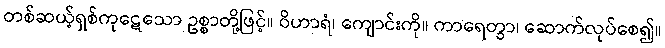
တစ်ဆယ့်ရှစ်ကုဋေသော ဥစ္စာတို့ဖြင့်။ ဝိဟာရံ၊ ကျောင်းကို။ ကာရေတွာ၊ ဆောက်လုပ်စေ၍။